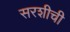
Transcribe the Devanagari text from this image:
सरशीची